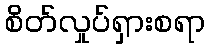
စိတ်လှုပ်ရှားစရာ